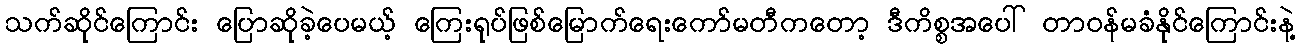
သက်ဆိုင်ကြောင်း ပြောဆိုခဲ့ပေမယ့် ကြေးရုပ်ဖြစ်မြောက်ရေးကော်မတီကတော့ ဒီကိစ္စအပေါ် တာဝန်မခံနိုင်ကြောင်းနဲ့